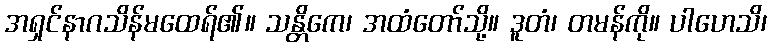
အရှင်နာဂသိန်မထေရ်၏။ သန္တိကေ၊ အထံတော်သို့။ ဒူတံ၊ တမန်ကို။ ပါဟေသိ၊